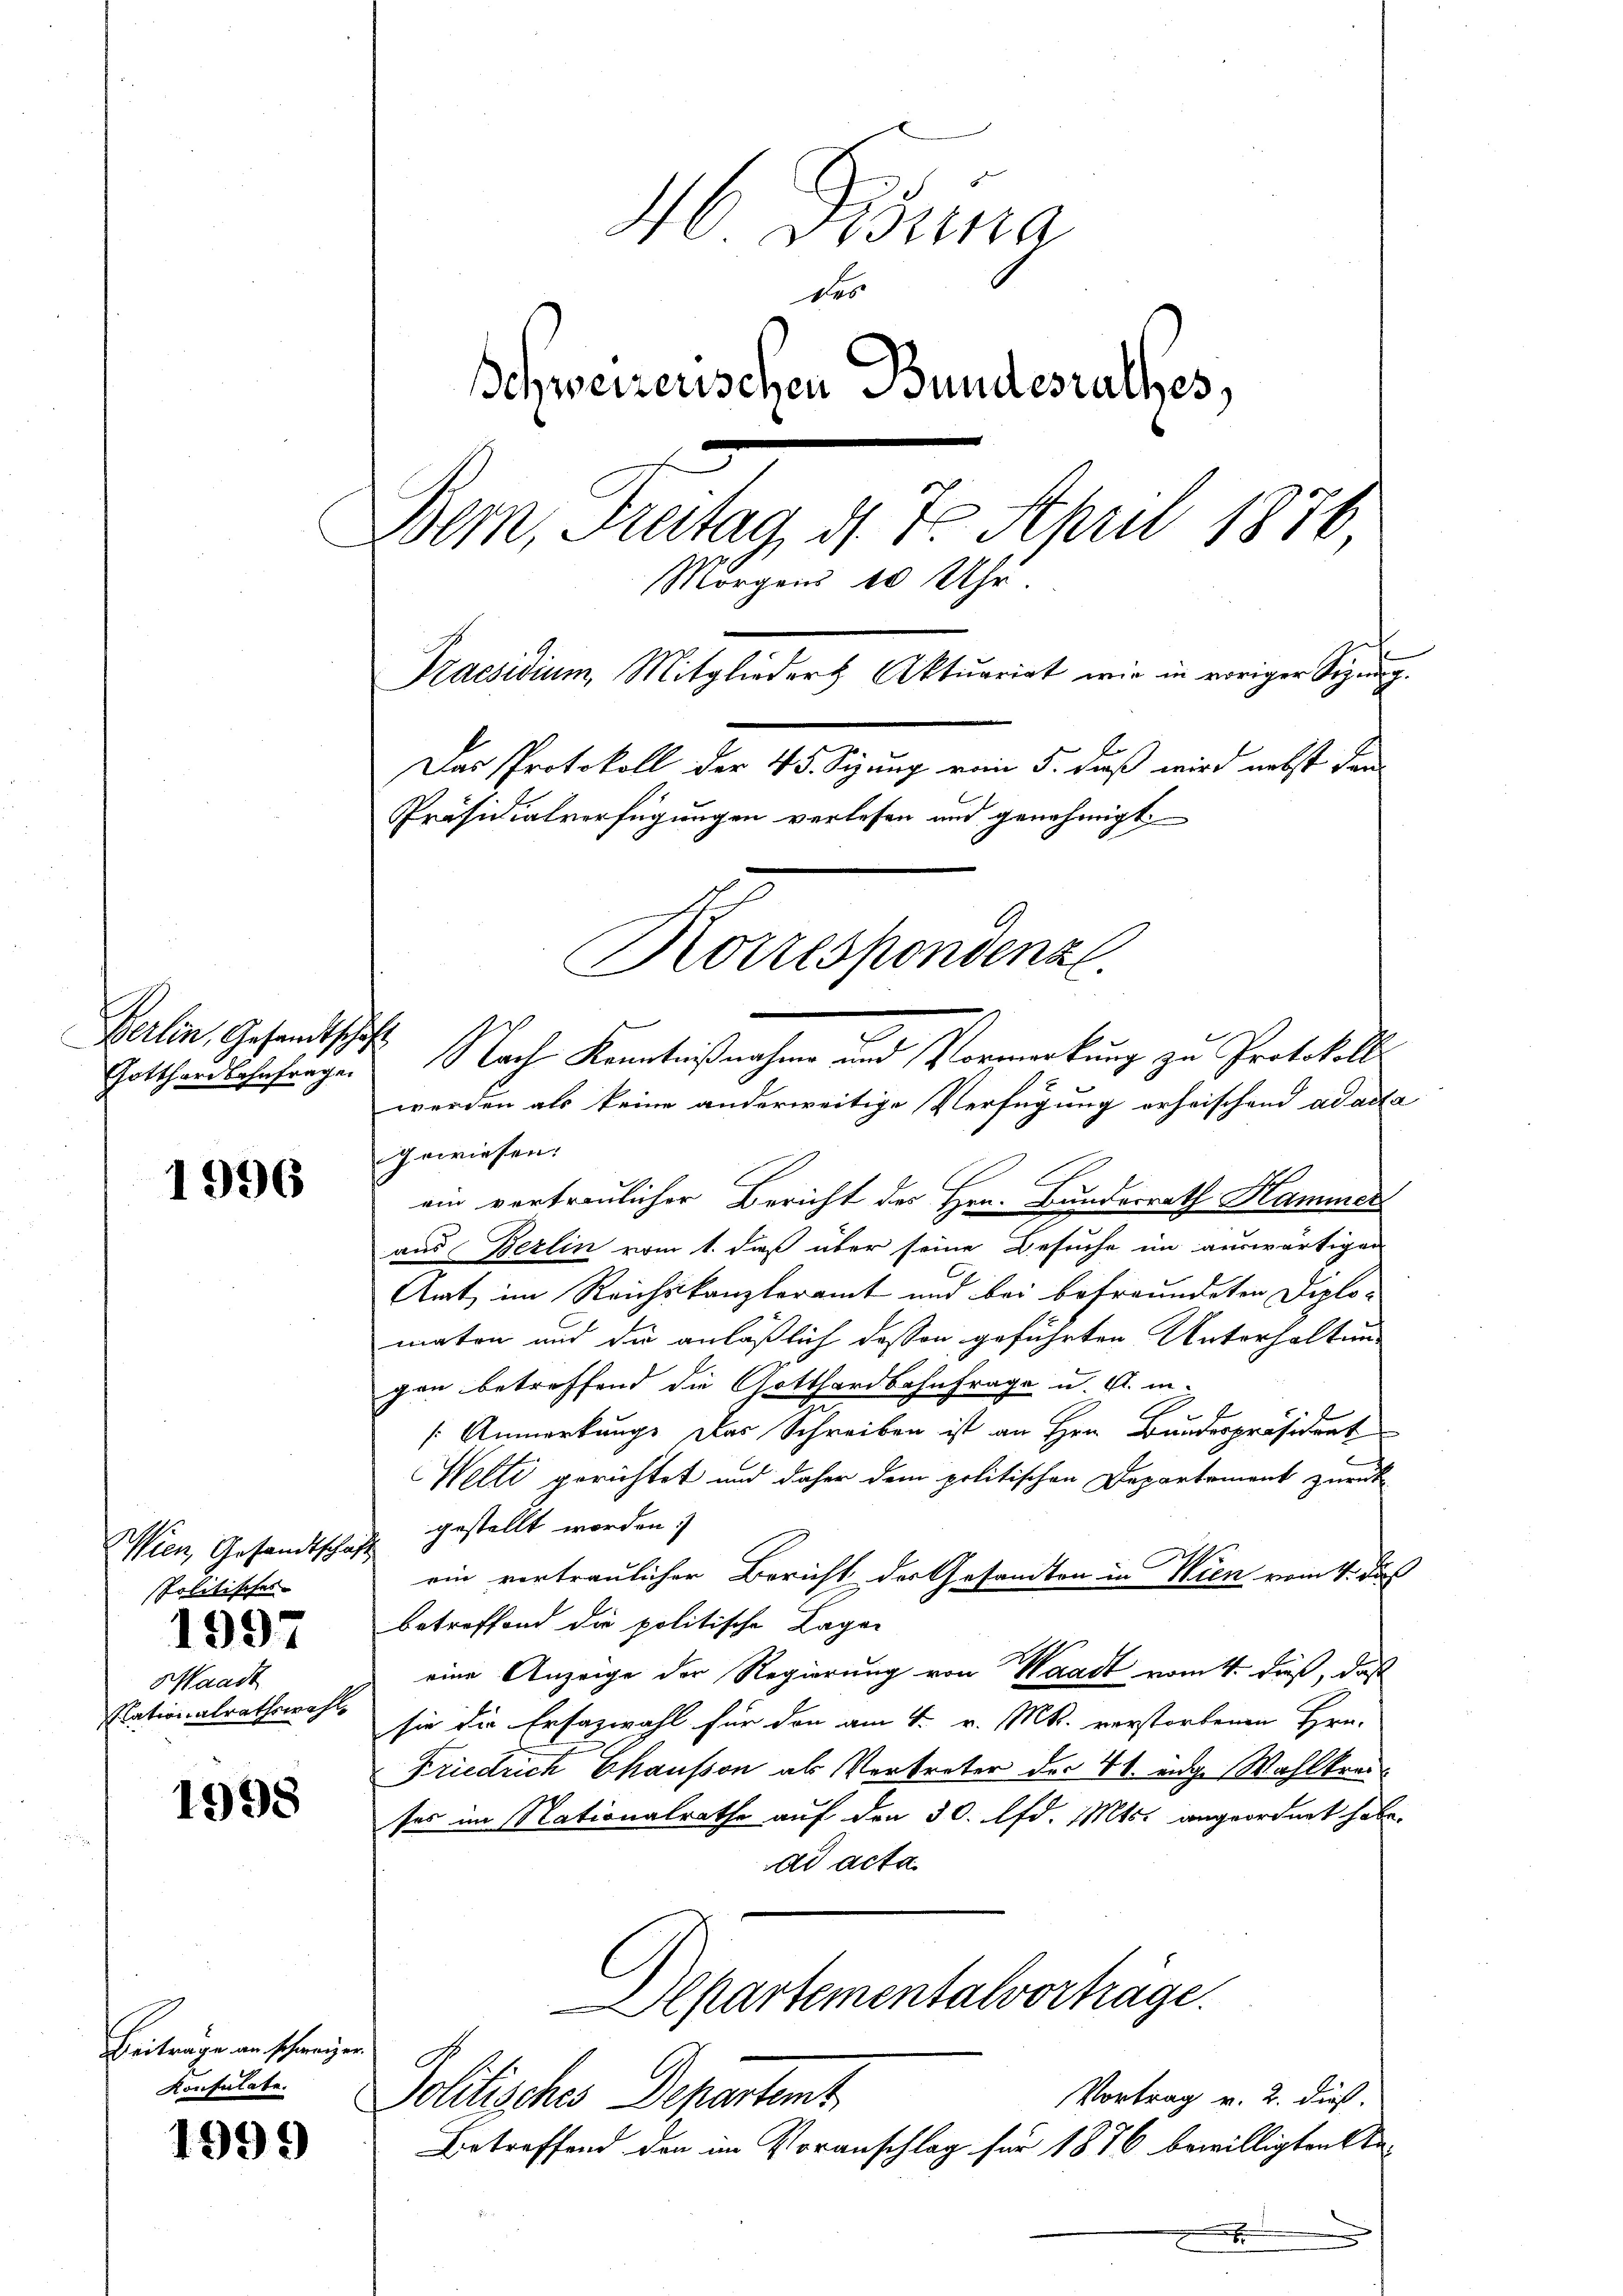
Berlin, Gesandtschaft
Gotthardbahnfrage

1996

Wien, Gesandtschaft
politisches

397

Waadt
Nationalrathswahl,

1998

Beiträge an schweizer.
Konsulate.

999

M Distina
des
Schweizerischen Bundesrathes,
Bern, Freitag, d. 7. April 1876
Morgens 10 Uhr.
Praesidium, Mitgliedert Aktuariat wie in voriger Sigŭng.
Das Protokoll der 45. Seiung vom 5. dieß wird nebst dan
Präsidialverfügungen verlesen und genehmigt.

werden als keine anderweitige Verfügung erheischend ad acta
gewiesen.
ein vertraulicher Bericht des Hrn. Bundesrath Hammers
aus Berlin vom 1. dieß über seine Besuche im auswärtigen
Amt, im Reichskanzleramt und bei befreundeten Diplomaton und die anläßlich dessen geführten Unterhaltung
gen betreffend die Gotthardbahnfrage u. A. in-
Anmerkung. Das Schreiben ist an Hrn. Bundespräsident
Welti gerichtet und daher dem politischen Departement zurück
gestellt worden.
ein vertraulicher Bericht der Gesandten in Wien vom 4. das
betreffend die politische Lagen
eine Anzeige der Regierung von Waadt vom 4. daß, daß
sie die Erfazwahl für den am 4. v. M. verstorbenen Hrn.
Friedrich Chausson als Vertreter der 41. ange Wahlkreises im Nationalrathe auf den 30. lfd. Mts. angeordnet habe.
ad acta
Apartementalvorträge.
Vortrag v. 2. dieß.
Politisches Departemt
Betreffend den im Voranschlag für 1876 bewilligten bex

Nach Kenntnißnahme und Vormerkung zu Protokoll

Korrespondenz.